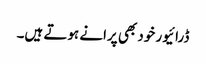
ڈرائیور خود بھی پرانے ہوتے ہیں۔